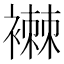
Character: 襋